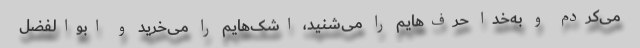
می‌کردم و به‌خدا حرف‌هایم را می‌شنید، اشک‌هایم را می‌خرید و ابوالفضل